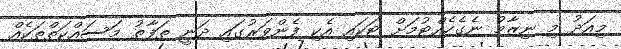
މިއަދު މި ނިޒާމު ނެގެހެއްޓުމަށް ޓަކައި އެކި ފެންވަރުގައި ދަނީ ތަފާތު މަސައްކަތްތަކެއް